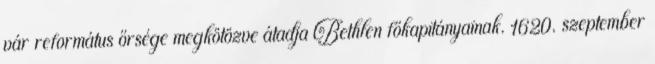
vár református őrsége megkötözve átadja Bethlen főkapitányainak. 1620. szeptember